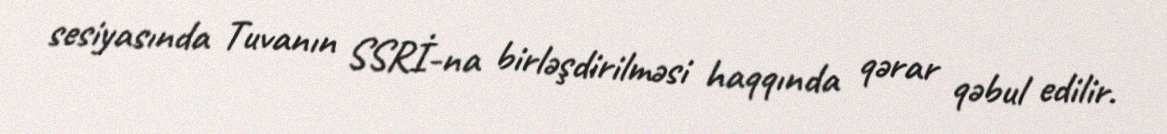
sesiyasında Tuvanın SSRİ-na birləşdirilməsi haqqında qərar qəbul edilir.